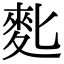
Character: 𪋼